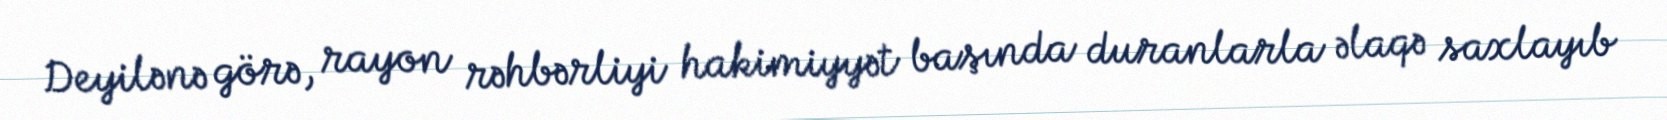
Deyilənə görə, rayon rəhbərliyi hakimiyyət başında duranlarla əlaqə saxlayıb